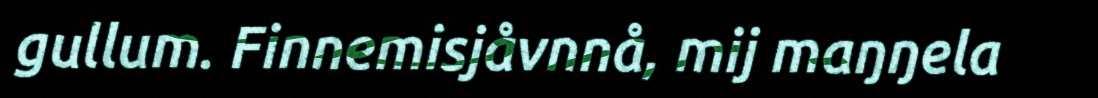
gullum. Finnemisjåvnnå, mij maŋŋela